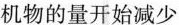
机物的量开始减少